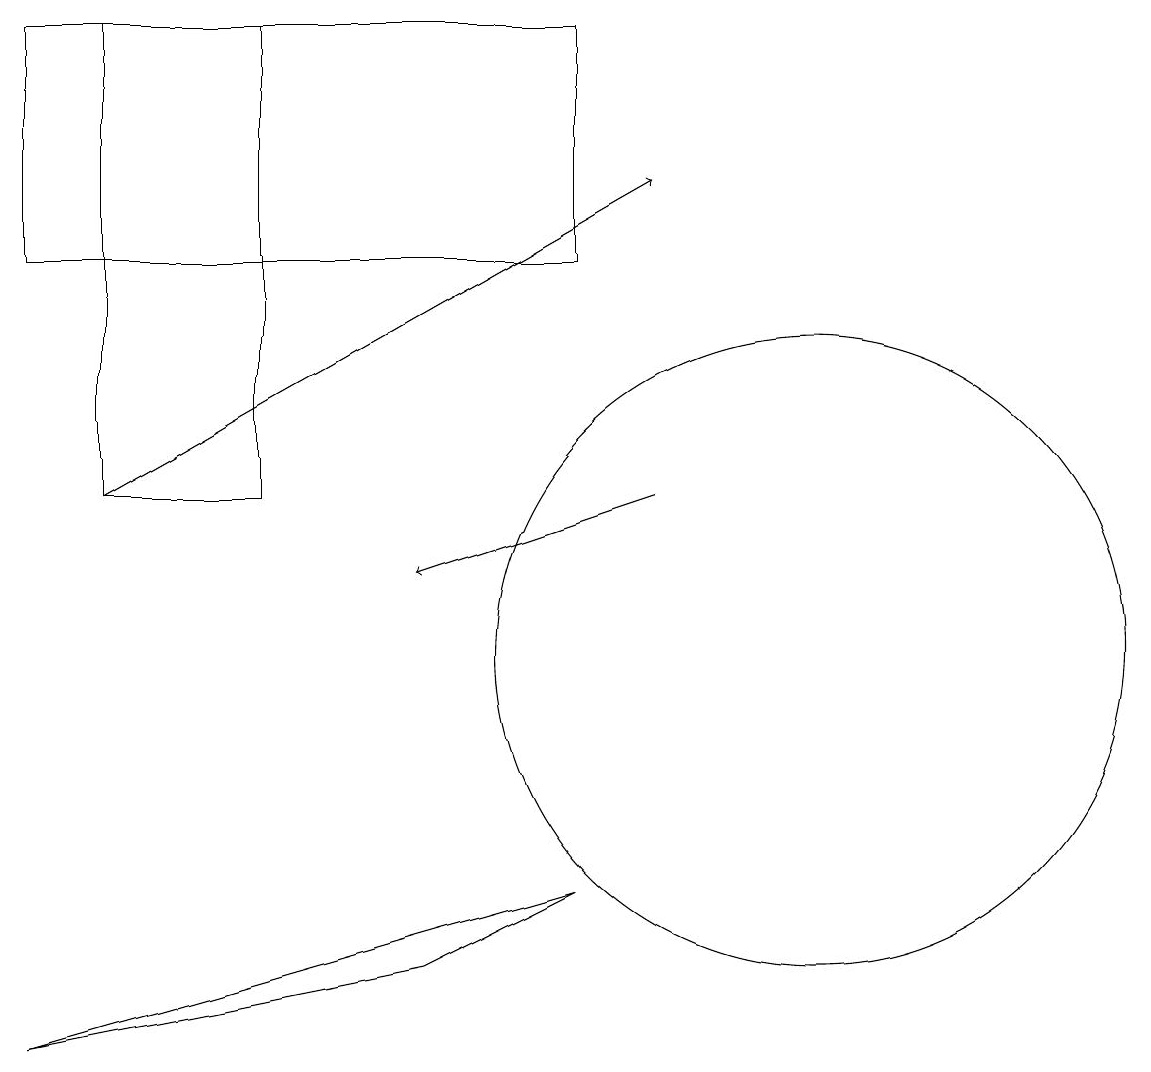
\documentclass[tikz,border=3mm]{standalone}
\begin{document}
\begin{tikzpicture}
\draw[->] (1,12) -- (8,16);
\draw[->] (8,12) -- (5,11);
\draw (10,10) circle (4);
\draw (7,18) rectangle (0,15);
\draw (3,12) rectangle (1,18);
\draw (5,6) -- (0,5) -- (7,7) -- cycle;
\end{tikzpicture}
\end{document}